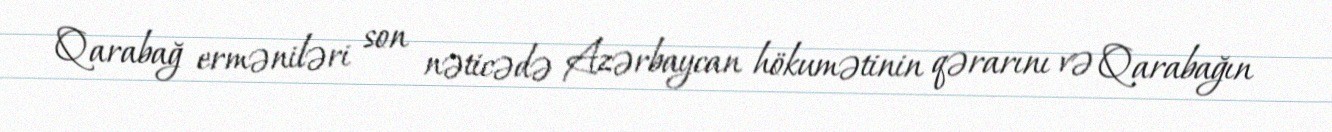
Qarabağ erməniləri son nəticədə Azərbaycan hökumətinin qərarını və Qarabağın